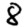
Digit: 8